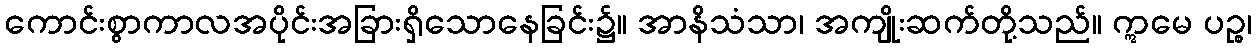
ကောင်းစွာကာလအပိုင်းအခြားရှိသောနေခြင်း၌။ အာနိသံသာ၊ အကျိုးဆက်တို့သည်။ ဣမေ ပဉ္စ၊